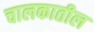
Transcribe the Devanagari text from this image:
चालकातील